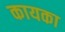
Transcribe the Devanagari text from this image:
कायका